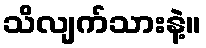
သိလျက်သားနဲ့။